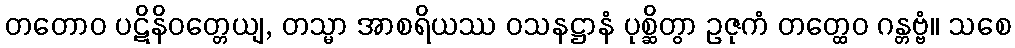
တတောဝ ပဋိနိဝတ္တေယျ, တသ္မာ အာစရိယဿ ဝသနဋ္ဌာနံ ပုစ္ဆိတွာ ဥဇုကံ တတ္ထေဝ ဂန္တဗ္ဗံ။ သစေ